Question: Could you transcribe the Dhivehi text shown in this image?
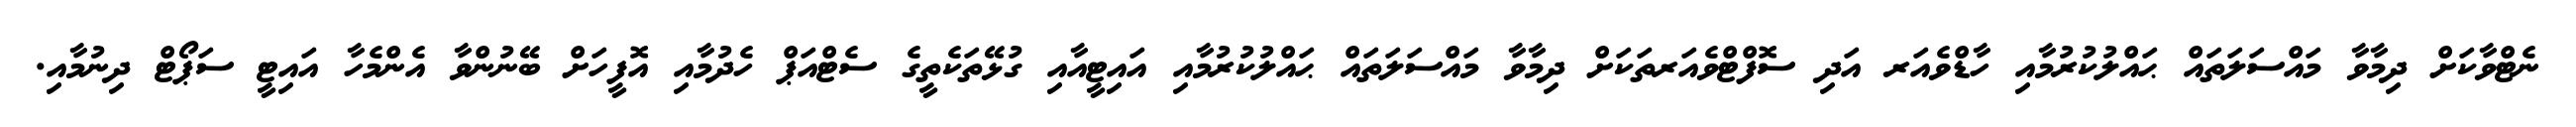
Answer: ނެޓްވާކަށް ދިމާވާ މައްސަލަތައް ޙައްލުކުރުމާއި ހާޑްވެއަރ އަދި ސޮފްޓްވެއަރތަކަށް ދިމާވާ މައްސަލަތައް ޙައްލުކުރުމާއި އައިޓީއާއި ގުޅޭތަކެތީގެ ސެޓްއަޕް ހެދުމާއި އޮފީހަށް ބޭނުންވާ އެންމެހާ އައިޓީ ސަޕޯޓް ދިނުމާއި.